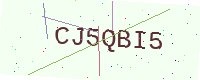
Text: CJ5QBI5